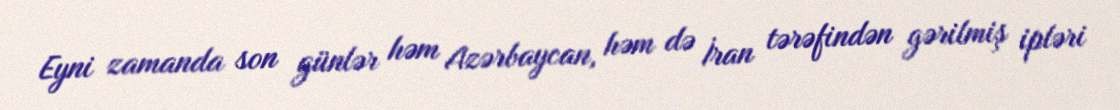
Eyni zamanda son günlər həm Azərbaycan, həm də İran tərəfindən gərilmiş ipləri